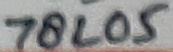
Text: 78L05